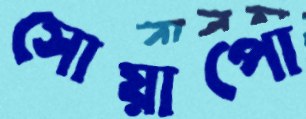
সোয়াপো